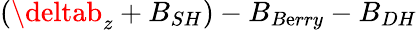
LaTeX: (\deltab_{z}+B_{SH})-B_{B\mathrm{e}rry}-B_{DH}